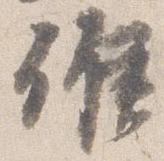
候